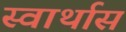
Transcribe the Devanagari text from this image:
स्वार्थास